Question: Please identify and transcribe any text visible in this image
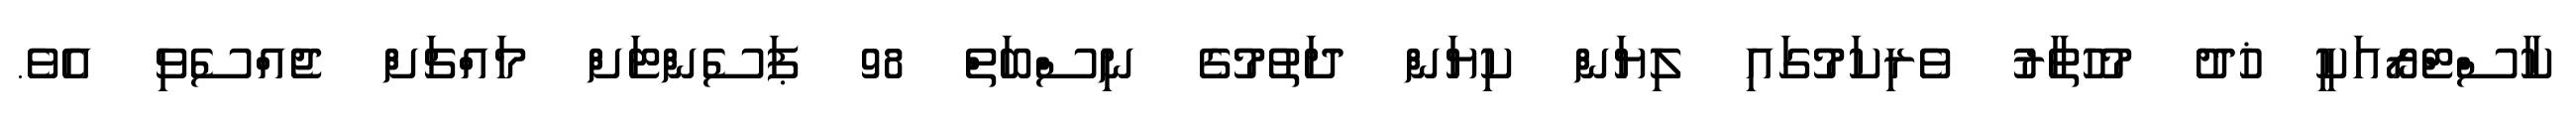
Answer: ކާސްޓްރޯއަކީ ޚުދު މުހުތާރު ވެރިކަމުގައި ލިޔަން ކިޔަން ދަތުމުގެ ނިސްބަތް 98 ޕަސެންޓަށް މައްޗަށް ޖެއްސެވި އެވެ.